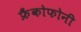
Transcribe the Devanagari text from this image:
फ्रैंकोफोनी